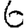
Digit: 6